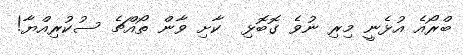
ބްރޯއެ އުޅެނީ މިރި ނުވެ ގޮބޮޅި  ކާށި ވާން ތޯއްޗެ ސުކުރިއްޔާ!